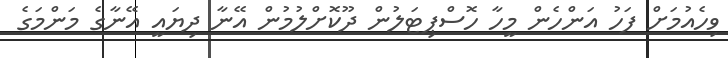
ވިހެއުމަށް ފަހު އަންހެން މީހާ ހޮސްޕިޓަލުން ދޫކޮށްލުމުން އޭނާ ދިޔައީ އޭނާގެ މަންމަގެ